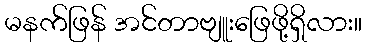
မနက်ဖြန် အင်တာဗျူးဖြေဖို့ရှိလား။